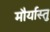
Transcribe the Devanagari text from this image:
मौर्यास्तु